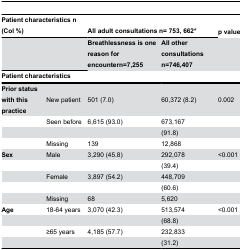
| <COLSPAN=2> Patient characteristics n (Col %) | <COLSPAN=2> All adult consultations n= 753, 662* | p value |
 | <COLSPAN=2>  | Breathlessness is one reason for encountern=7,255 | All other consultations n=746,407 |  |
 | <COLSPAN=5> Patient characteristics |
 | --- | --- | --- | --- | --- |
 | Prior status with this practice | New patient | 501 (7.0) | 60,372 (8.2) | 0.002 |
 |  | Seen before | 6,615 (93.0) | 673,167 |  |
 |  |  |  | (91.8) |  |
 |  | Missing | 139 | 12,868 |  |
 | Sex | Male | 3,290 (45.8) | 292,078 | <0.001 |
 |  |  |  | (39.4) |  |
 |  | Female | 3,897 (54.2) | 448,709 |  |
 |  |  |  | (60.6) |  |
 |  | Missing | 68 | 5,620 |  |
 | Age | 18-64 years | 3,070 (42.3) | 513,574 | <0.001 |
 |  |  |  | (68.8) |  |
 |  | ≥65 years | 4,185 (57.7) | 232,833 |  |
 |  |  |  | (31.2) |  |